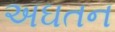
અઘતન